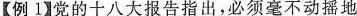
【例1】党的十八大报告指出，必须毫不动摇地